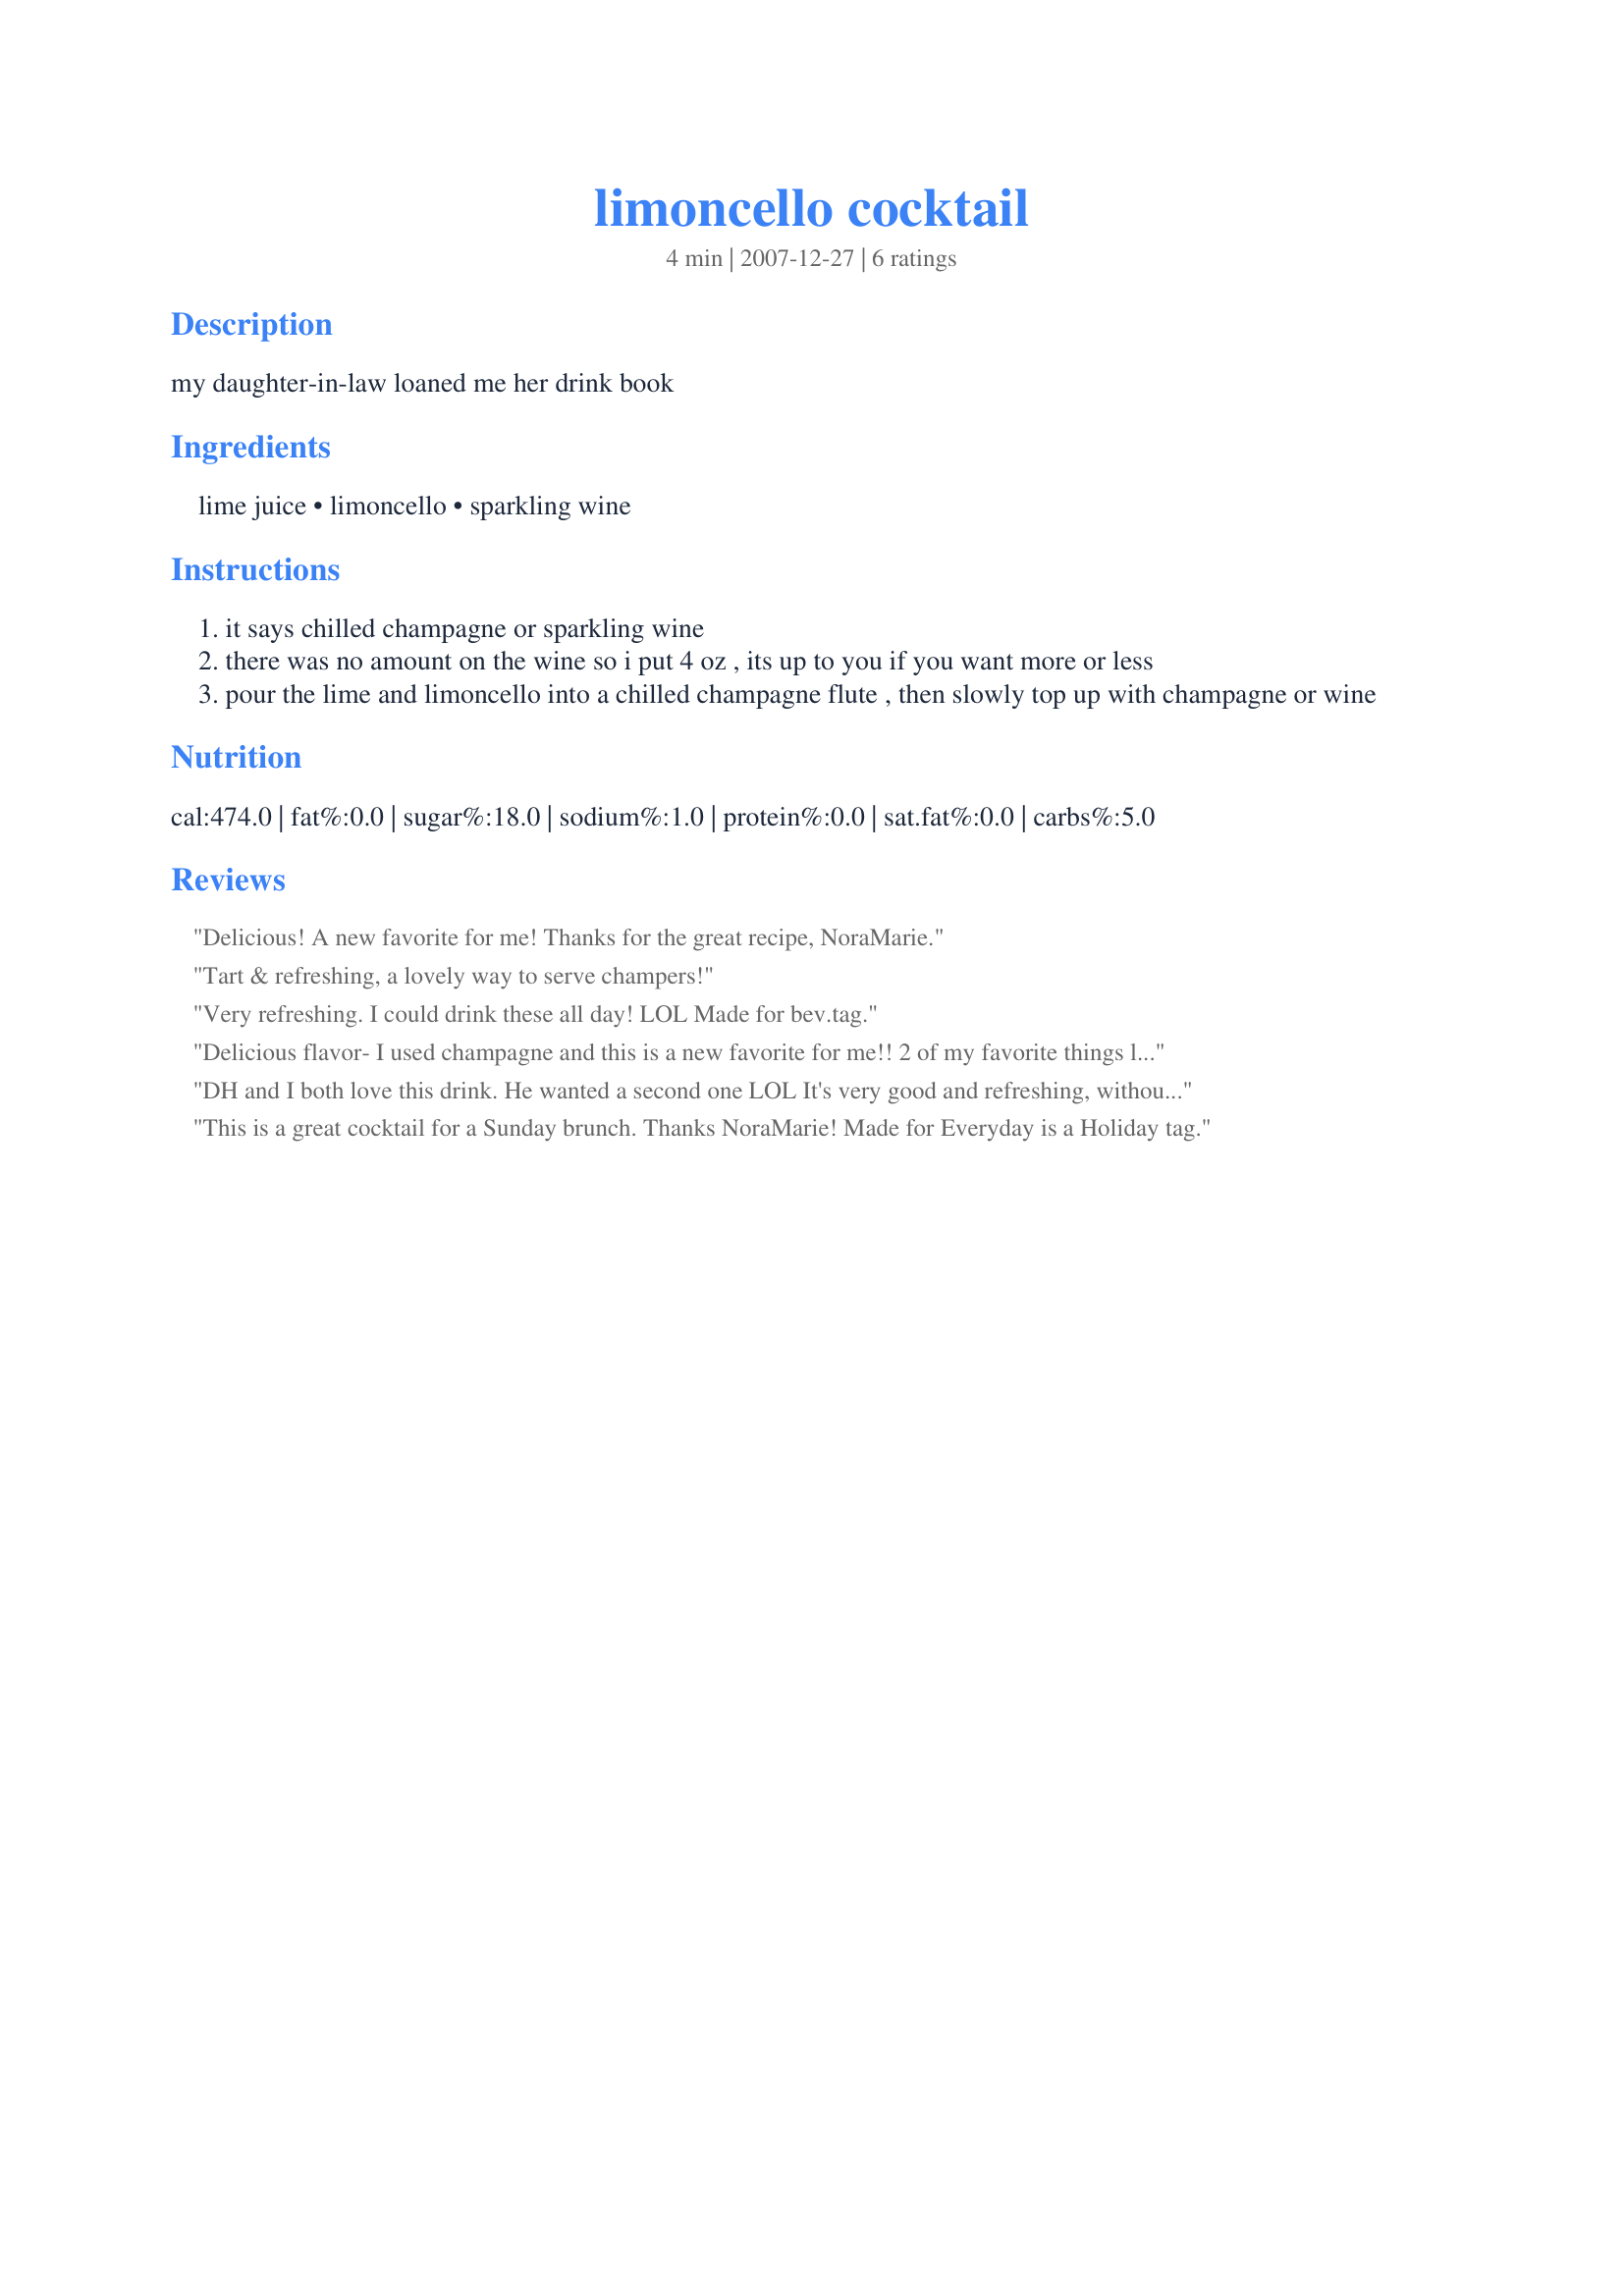
limoncello cocktail
Preparation time: 4 minutes

my daughter-in-law loaned me her drink book

Ingredients:
lime juice, limoncello, sparkling wine

Steps:
it says chilled champagne or sparkling wine
there was no amount on the wine so i put 4 oz , its up to you if you want more or less
pour the lime and limoncello into a chilled champagne flute , then slowly top up with champagne or wine

Reviews:
Delicious! A new favorite for me! Thanks for the great recipe, NoraMarie.
Tart & refreshing, a lovely way to serve champers!
Very refreshing. I could drink these all day! LOL Made for bev.tag.
Delicious flavor- I used champagne and this is a new favorite for me!! 2 of my favorite things lemon and champagne!! Thanks for posting! **Made for Beverage Tag January 2008**
DH and I both love this drink. He wanted a second one LOL It's very good and refreshing, without being sweet. Thanks Nora Marie. Made for Beverage tag.
This is a great cocktail for a Sunday brunch. Thanks NoraMarie! Made for Everyday is a Holiday tag.
